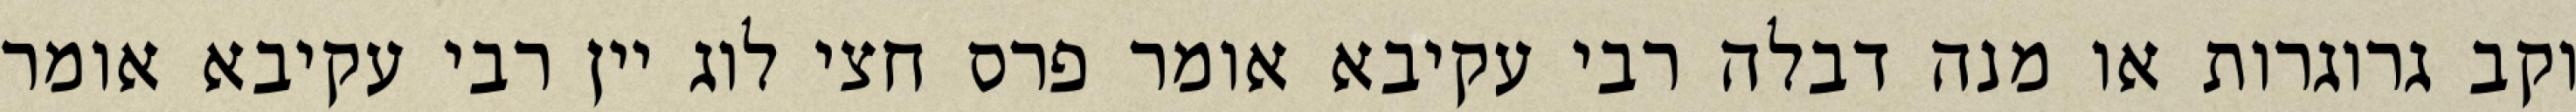
וקב גרוגרות או מנה דבלה רבי עקיבא אומר פרס חצי לוג יין רבי עקיבא אומר